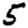
Digit: 5